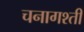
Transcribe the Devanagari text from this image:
चनागश्ती